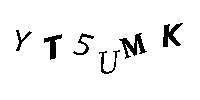
YT5UMK